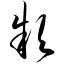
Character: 款